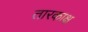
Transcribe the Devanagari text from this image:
तारकाक्ष